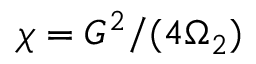
\chi = G ^ { 2 } / ( 4 \Omega _ { 2 } )